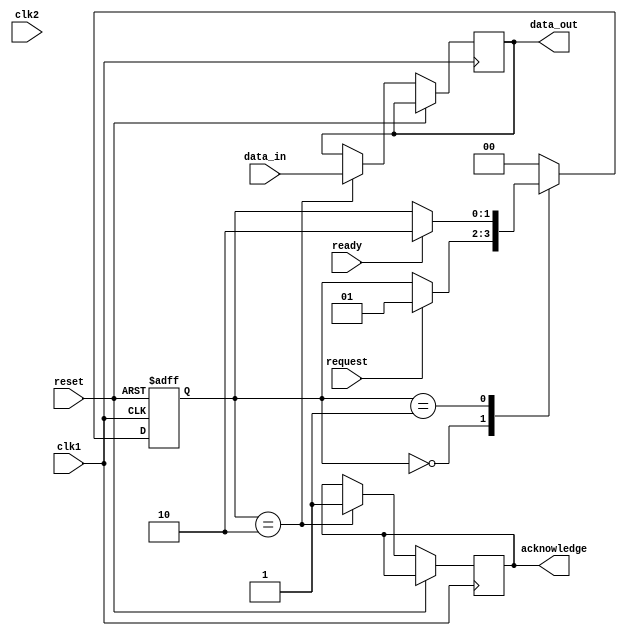
module synchronizer(
    input wire clk1,
    input wire clk2,
    input wire reset,
    input wire data_in,
    output reg data_out,
    input wire request,
    output reg acknowledge,
    input wire ready
);

reg [1:0] state;

always @(posedge clk1 or posedge reset) begin
    if (reset) begin
        state <= 2'b00;
    end else begin
        case (state)
            2'b00: begin // Wait for request
                if (request) begin
                    state <= 2'b01;
                end
            end
            2'b01: begin // Wait for ready
                if (ready) begin
                    state <= 2'b10;
                end
            end
            2'b10: begin // Data transfer
                data_out <= data_in;
                acknowledge <= 1;
                state <= 2'b00;
            end
            default: state <= 2'b00;
        endcase
    end
end

endmodule